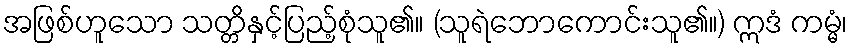
အဖြစ်ဟူသော သတ္တိနှင့်ပြည့်စုံသူ၏။ (သူရဲဘောကောင်းသူ၏။) ဣဒံ ကမ္မံ၊